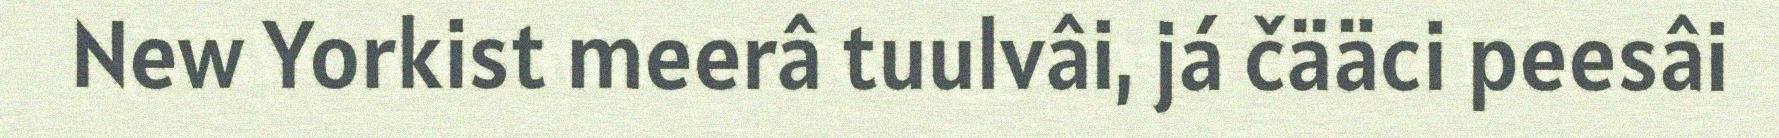
New Yorkist meerâ tuulvâi, já čääci peesâi